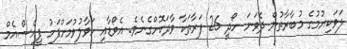
ލަވަކިޔުމުގެ މުބާރާތުން ދެވަނަ ހޯދީ 26 ފަރާތަކާ ވާދަކޮށްގެނެވެ. އެވޯޑާއި ހަވާލުވުމަށްފަހު ޕީއެސްއެމް